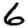
Digit: 6